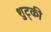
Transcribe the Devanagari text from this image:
शुट्की